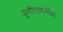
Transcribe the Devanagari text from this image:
पृथ्वीजवळील